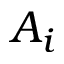
A _ { i }